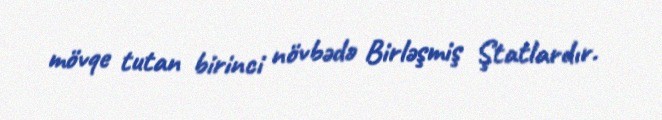
mövqe tutan birinci növbədə Birləşmiş Ştatlardır.